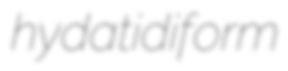
hydatidiform